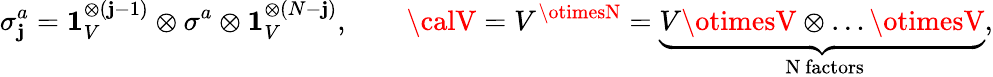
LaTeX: \sigma_{\mathbf{j}}^{a}=\mathbf{{1}}_{V}^{\otimes(\mathbf{j}-1)}\otimes\sigma_{}^{a}\otimes\mathbf{{1}}_{V}^{\otimes(N-\mathbf{j})},\qquad{\calV}=V^{\otimesN}=\underbrace{{V\otimesV\otimes\ldots\otimesV}}_{\mathrm{{~N~factors}}},